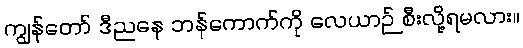
ကျွန်တော် ဒီညနေ ဘန်ကောက်ကို လေယာဉ် စီးလို့ရမလား။